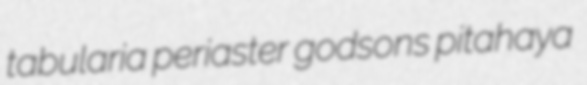
tabularia periaster godsons pitahaya